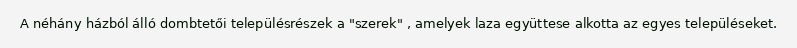
A néhány házból álló dombtetői településrészek a "szerek" , amelyek laza együttese alkotta az egyes településeket.